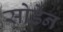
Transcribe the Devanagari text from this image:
सोडेन